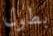
بطول